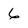
Character: 6